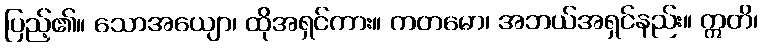
ပြည့်၏။ သောအယျော၊ ထိုအရှင်ကား။ ကတမော၊ အဘယ်အရှင်နည်း။ ဣတိ၊